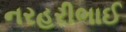
નરહરીભાઈ